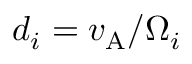
d _ { i } = v _ { \mathrm { A } } / \Omega _ { i }